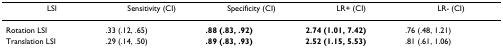
<table><thead><tr><td><b>LSI</b></td><td><b>Sensitivity (CI)</b></td><td><b>Specificity (CI)</b></td><td><b>LR+ (CI)</b></td><td><b>LR- (CI)</b></td></tr></thead><tbody><tr><td>Rotation LSI</td><td>.33 (.12, .65)</td><td><b>.88 (.83, .92)</b></td><td><b>2.74 (1.01, 7.42)</b></td><td>.76 (.48, 1.21)</td></tr><tr><td>Translation LSI</td><td>.29 (.14, .50)</td><td><b>.89 (.83, .93)</b></td><td><b>2.52 (1.15, 5.53)</b></td><td>.81 (.61, 1.06)</td></tr></tbody></table>